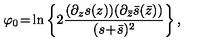
\varphi _ { 0 } \! = \! \ln \left\{ 2 \frac { ( \partial _ { z } s ( z ) ) ( \partial _ { \bar { z } } \bar { s } ( \bar { z } ) ) } { ( s \! + \! \bar { s } ) ^ { 2 } } \right\} ,